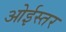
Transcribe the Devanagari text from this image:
ओईस्तर